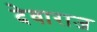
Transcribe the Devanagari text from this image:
देवाराज